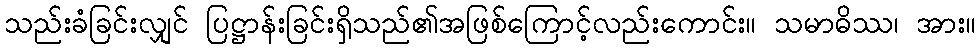
သည်းခံခြင်းလျှင် ပြဋ္ဌာန်းခြင်းရှိသည်၏အဖြစ်ကြောင့်လည်းကောင်း။ သမာဓိဿ၊ အား။